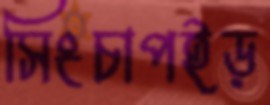
সিংচাপইড়